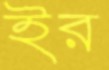
ইর